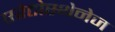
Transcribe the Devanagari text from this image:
एरेटोस्थेनेज